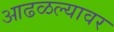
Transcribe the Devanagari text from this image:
आढळल्यावर